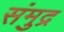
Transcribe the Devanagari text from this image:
संमुद्र